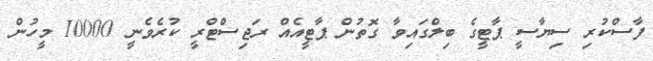
ފާސްކުރި ސިޔާސީ ޕާޓީގެ ބިލްގައިވާ ގޮތުން ޕާޓީއެއް ރަޖިސްޓްރީ ކުރެވެނީ 10000 މީހުން